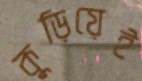
কুড়িয়েই